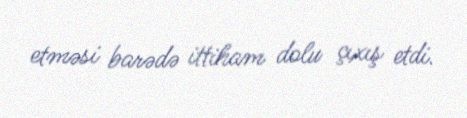
etməsi barədə ittiham dolu çıxış etdi.